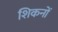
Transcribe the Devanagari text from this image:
शिकनों